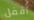
أقفل